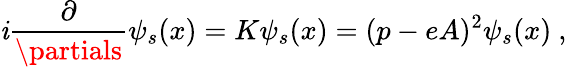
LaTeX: \mathit{i}\frac{{\partial}}{{\partials}}\psi_{s}(x)=K\psi_{s}(x)=(p-eA)^{2}\psi_{s}(x)\ ,